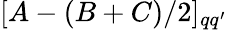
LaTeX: [A-(B+C)/2]_{qq^{\prime}}